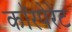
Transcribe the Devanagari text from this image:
काॅरपेरेट